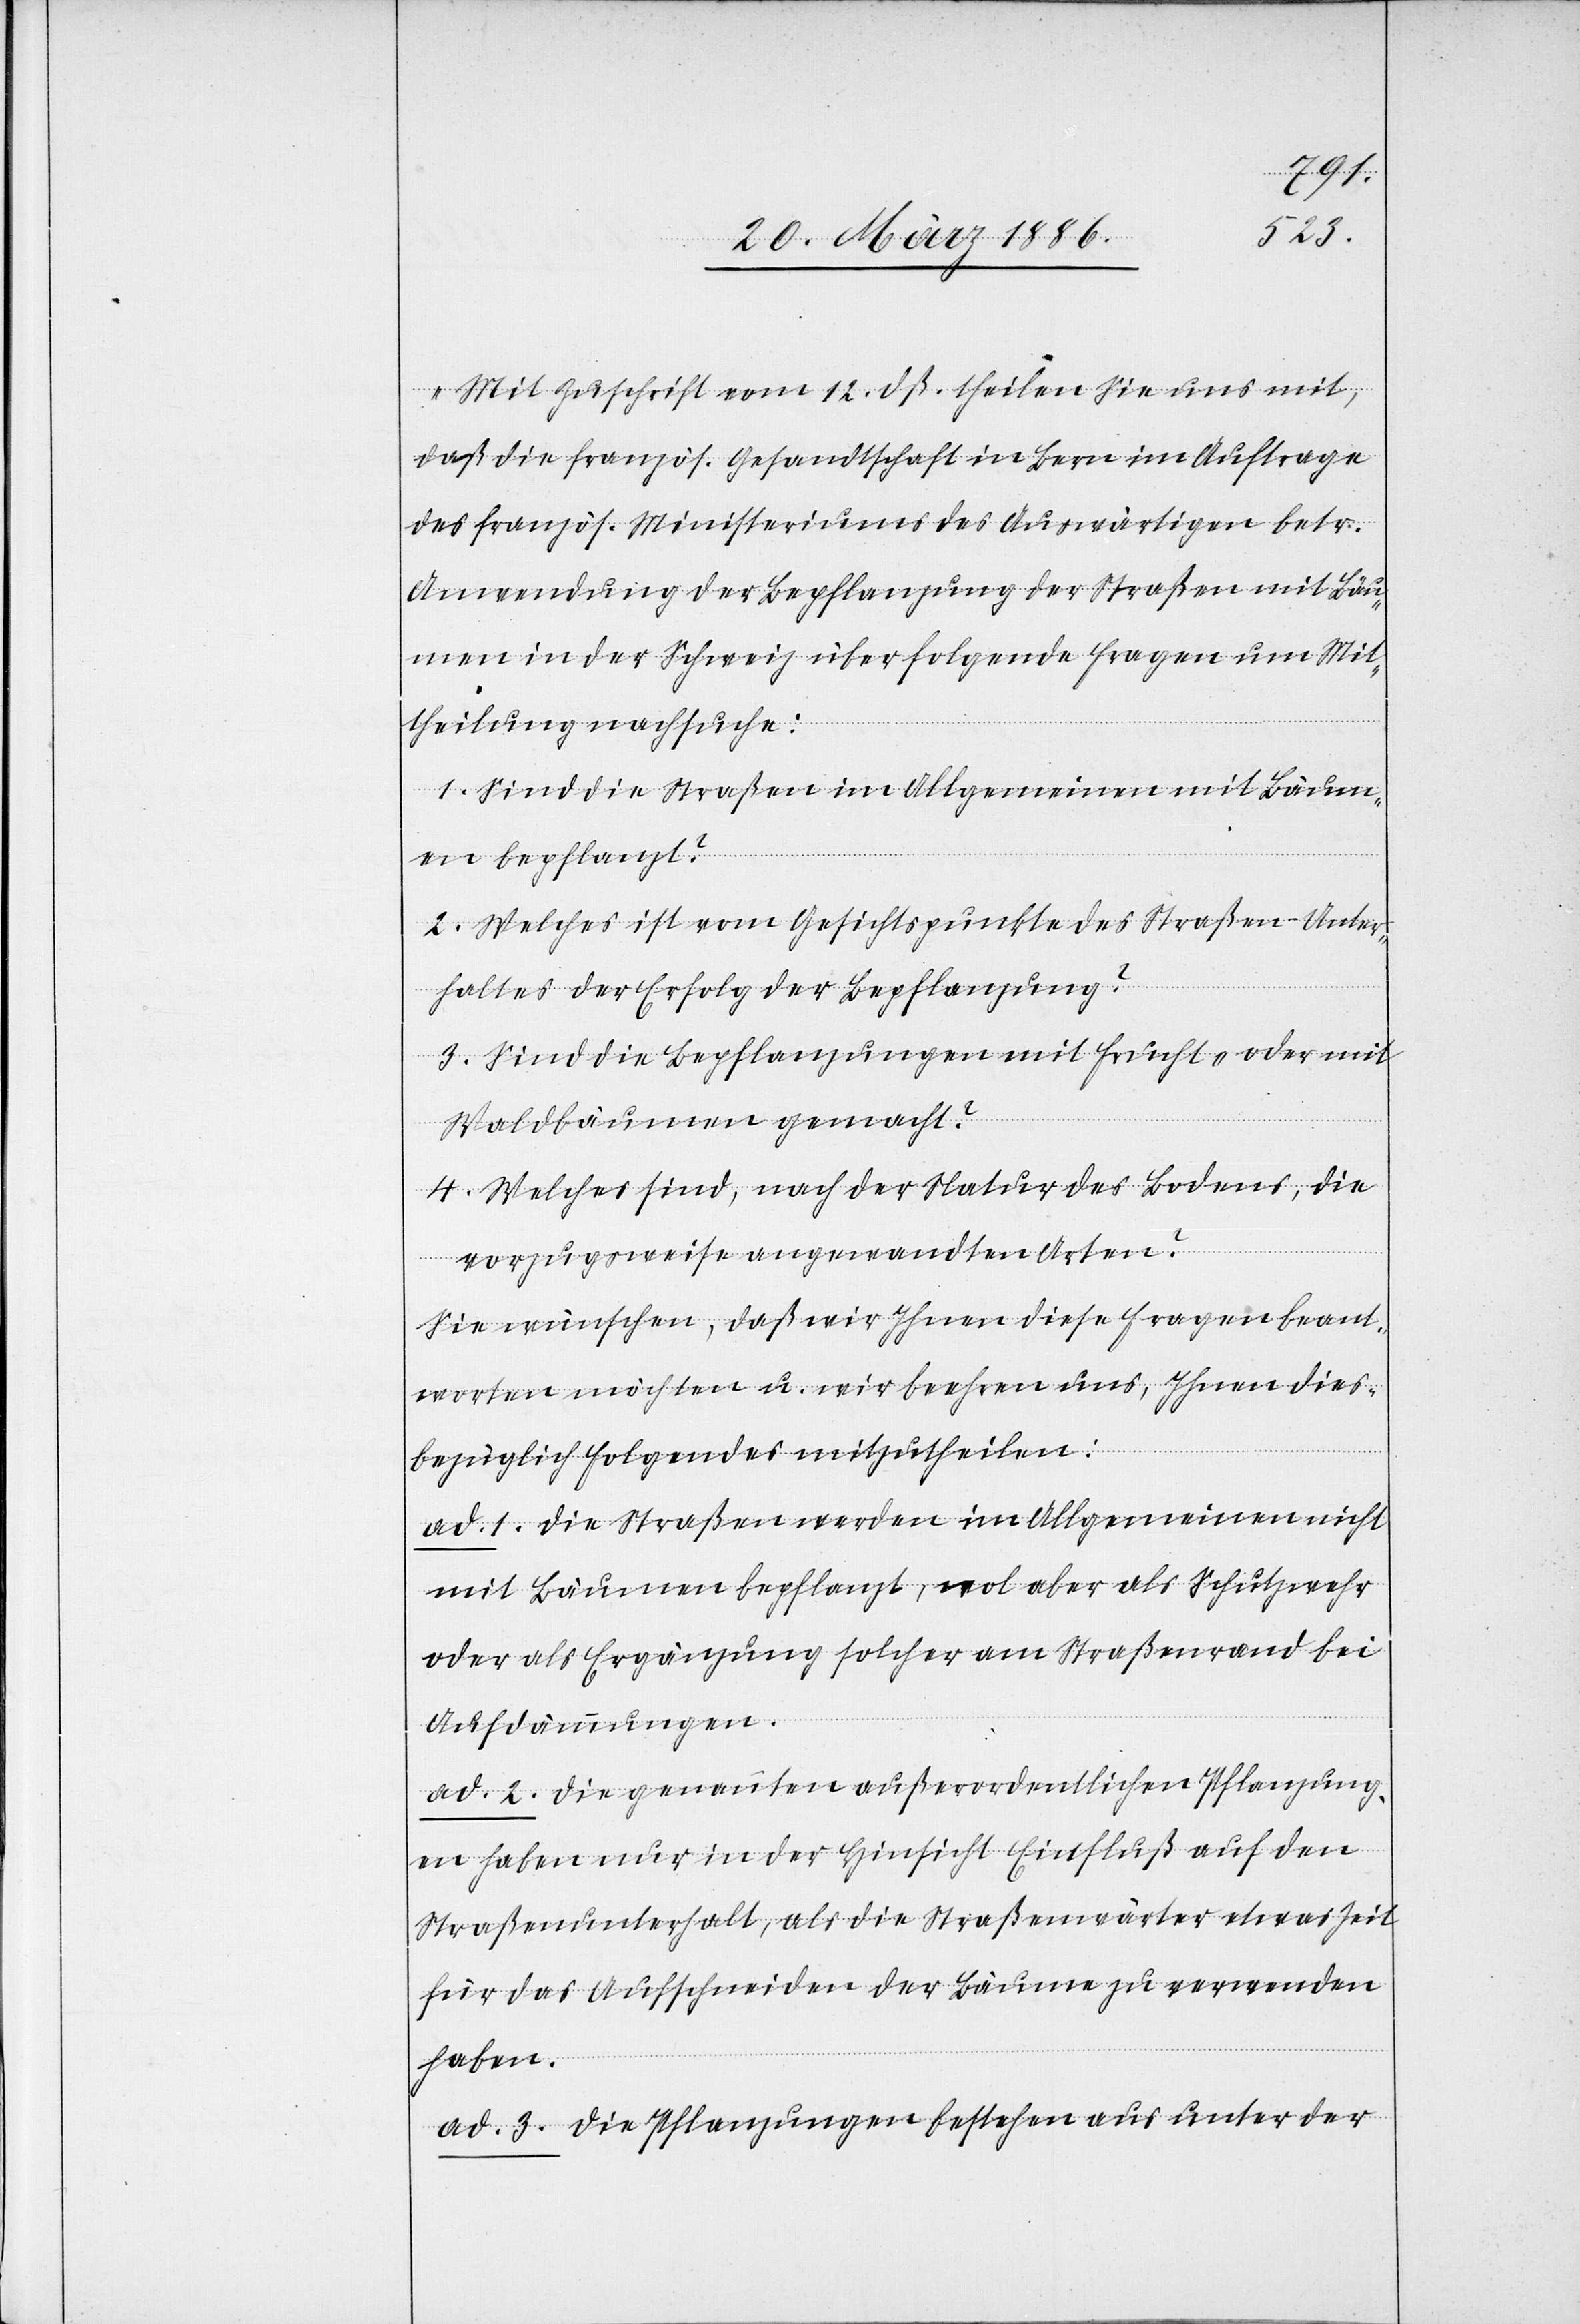
„Mit Zuschrift vom 12. dß. theilen Sie uns mit,
daß die französ. Gesandtschaft in Bern im Auftrage
des französ. Ministeriums des Auswärtigen betr.
Anwendung der Bepflanzung der Straßen mit Bäu¬
men in der Schweiz über folgende Fragen um Mit¬
theilung nachsuche:
1. Sind die Straßen im Allgemeinen mit Bäum¬
en bepflanzt?
2. Welches ist vom Gesichtspunkte des Straßen-Unter¬
haltes der Erfolg der Bepflanzung?
3. Sind die Bepflanzungen mit Frucht- oder mit
Waldbäumen gemacht?
4. Welches sind, nach der Natur des Bodens, die
vorzugsweise angewandten Arten?
Sie wünschen, daß wir Ihnen diese Fragen beant¬
worten möchten u. wir beehren uns, Ihnen dies¬
bezüglich Folgendes mitzutheilen:
ad. 1. Die Straßen werden im Allgemeinen nicht
mit Bäumen bepflanzt, wol aber als Schutzwehr
oder als Ergänzung solcher am Straßenrand bei
Aufdämmungen.
ad. 2. Die genannten außerordentlichen Pflanzung¬
en haben nur in der Hinsicht Einfluß auf den
Straßenunterhalt, als die Straßenwärter etwas Zeit
für das Aufschneiden der Bäume zu verwenden
haben.
ad. 3. Die Pflanzungen bestehen aus unter der